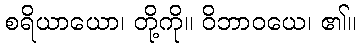
စရိယာယော၊ တို့ကို။ ဝိဘာဝယေ၊ ၏။